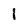
Character: 1